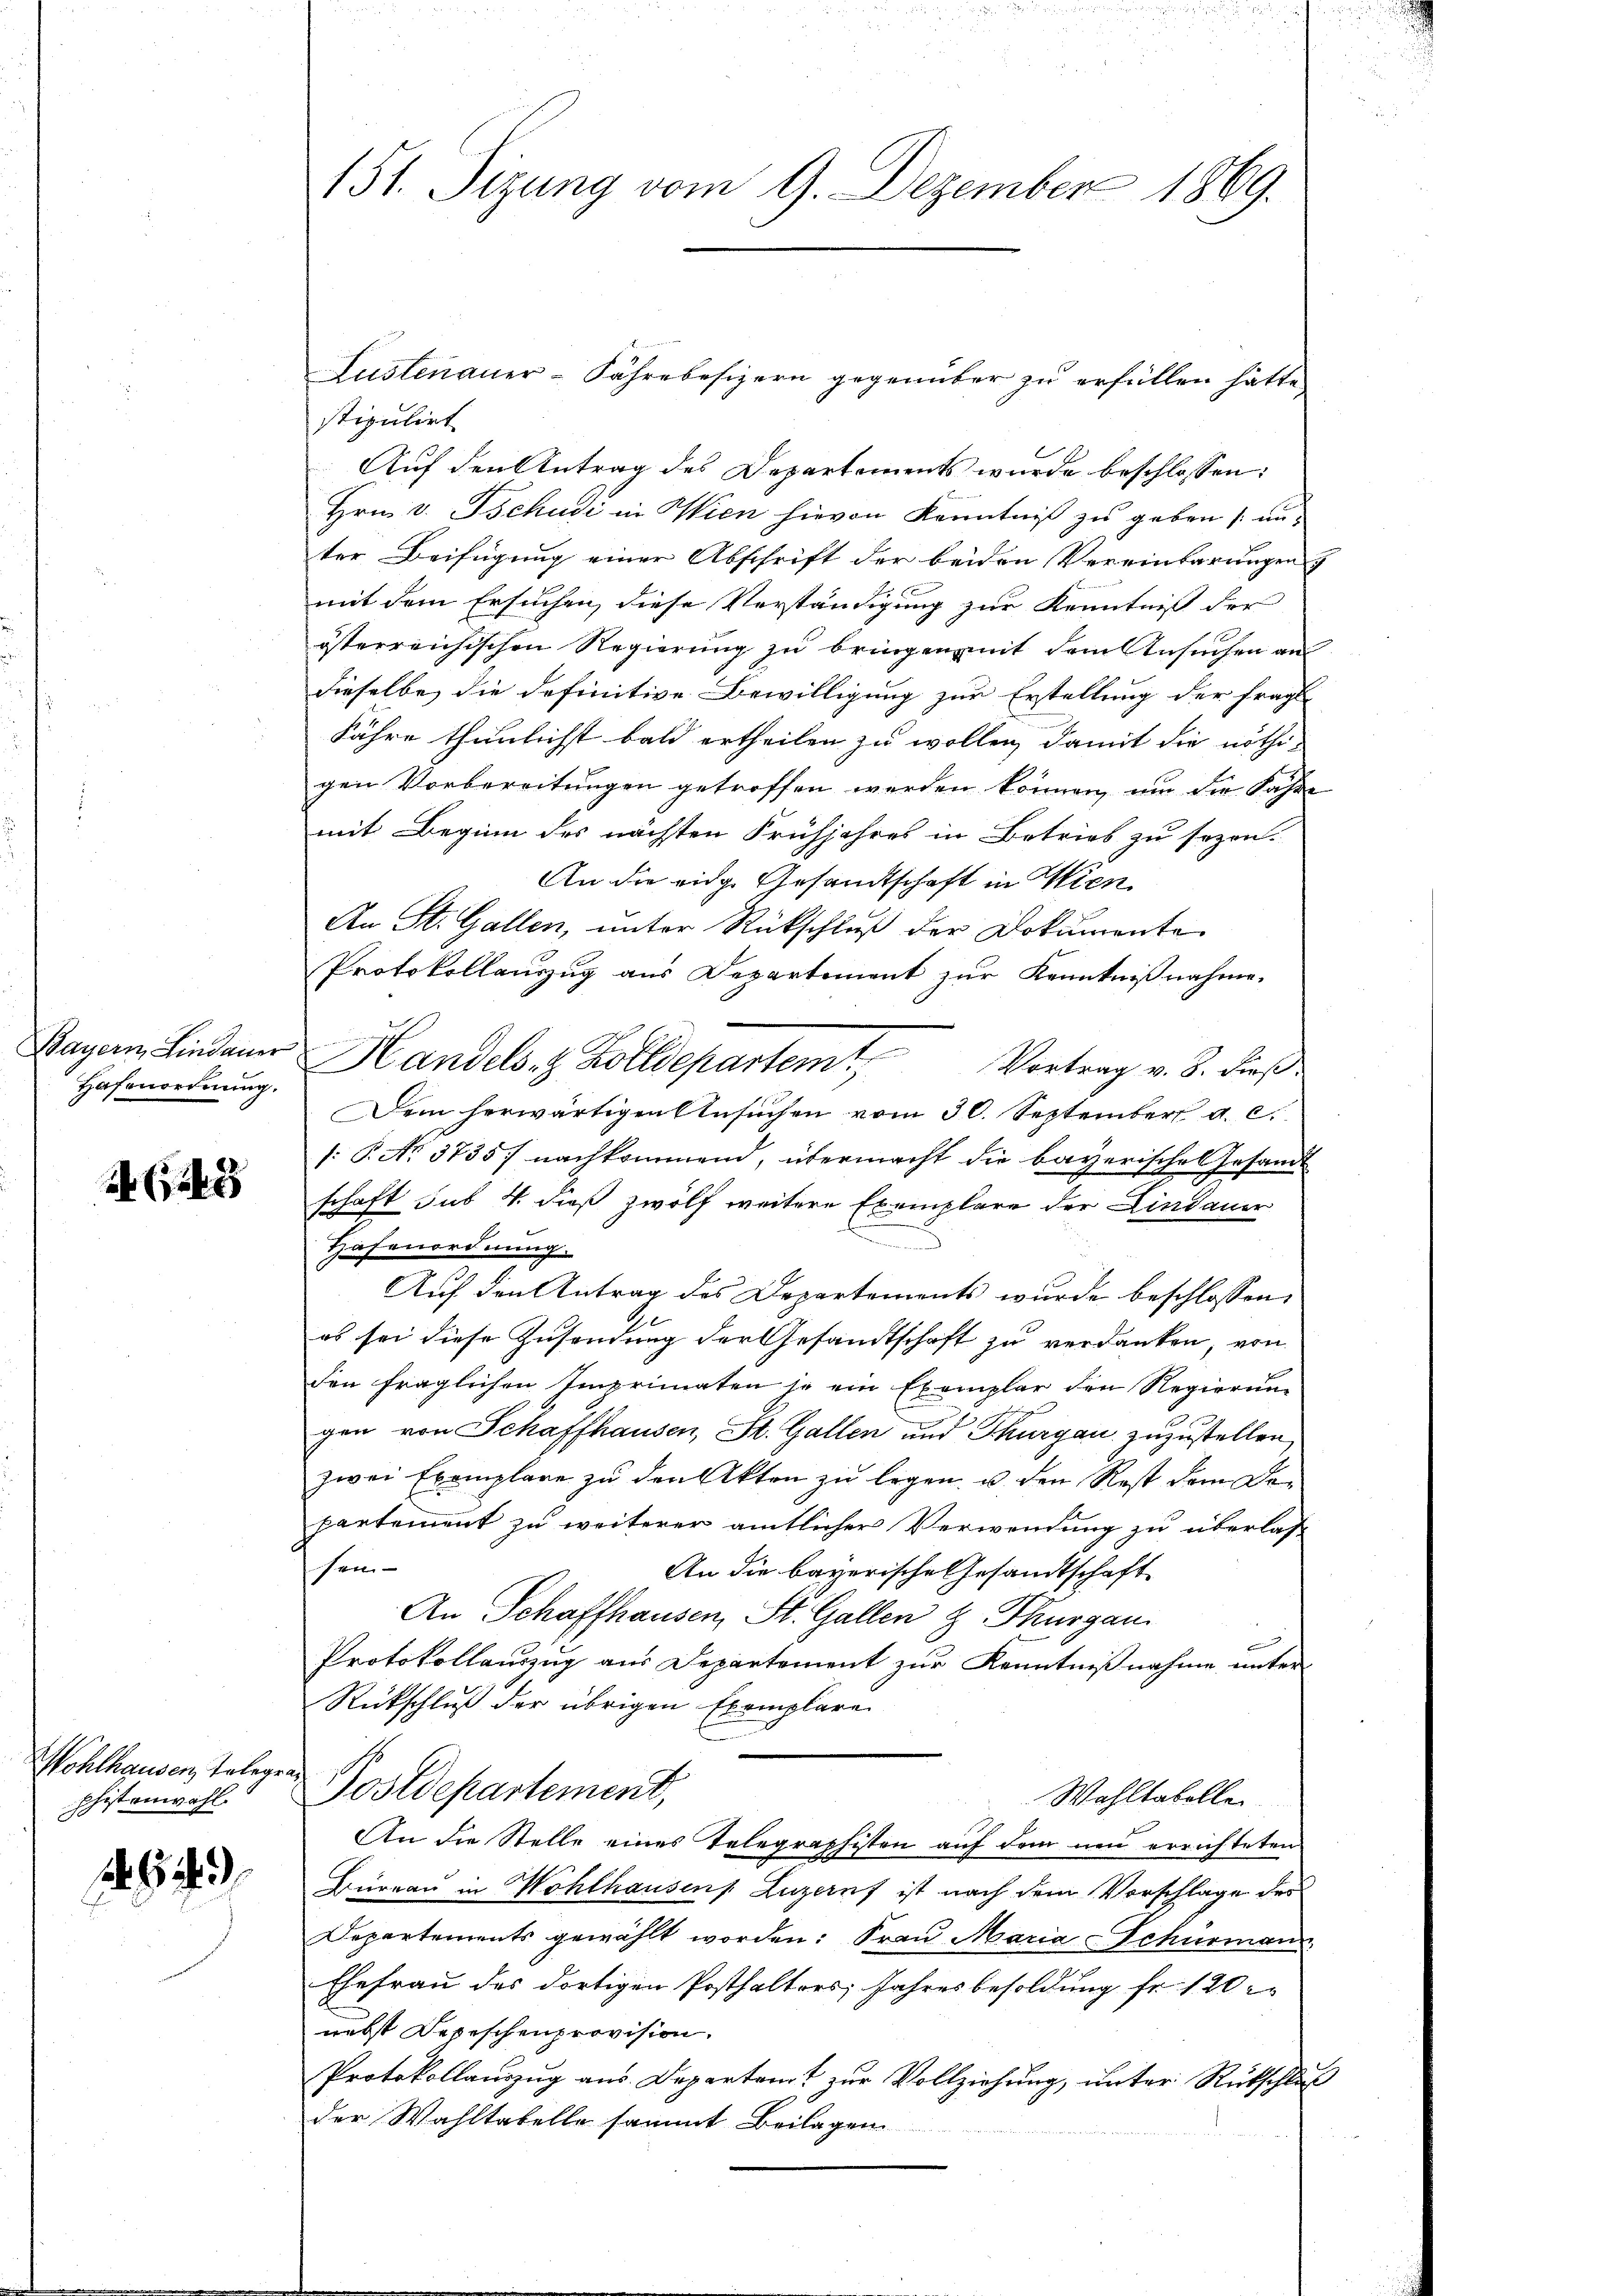
Hafenordnung.

24 (124

Wohlhausen Telegen
phistanwohl.

stipulirt
Auf den Antrag des Departements wurde beschlossen:
Hrn. v. Tschudi in Wien hievon Kenntniß zu geben (unter Beifügung einer Abschrift der beiden Vereinbarungen
mit dem Ersuchen, diese Verständigung zur Kenntniß der
österreichischen Regierung zu bringen mit dem Ansuchen an
dieselbe die definitive Bewilligung zur Erstellung der fragl
Fähre thunlichst bald ertheilen zu wollen, damit die nöthi-
gen Vorbereitungen getroffen werden können, um die Jahre
mit Beginn des nächsten Frühjahres in Betrieb zu sezen-
An die eidg. Gesandtschaft in Wien
An St. Gallen, unter Rückschluß der Dokumente
Protokollauszug aus Departement zur Kenntnißnahme.
Bagan Lindauer Handels. z. Zolldepartemt
Vortrag v. 8. dieß.
Dem herwärtigen Ansuchen vom 30. September a. c.
[: P. No 3735) nachkommend, übermacht die bayerischen Gesandt
schaft sub. 4. dieß zwölf weitere Exemplare der Lindauer
.
Hafenordnung.
Auf den Antrag des Departements wurde beschlossen,
es sei diese Zusendung der Gesandtschaft zu verdanken, von
den fraglichen Imprimaten je ein Exemplar den Regierung
gen von Schaffhausen, St. Gallen und Thurgau zuzustellen.
zwei Exemplare zu den Akten zu legen, u. den Rest dem Dopartement zu weiterer amtlicher Verwendung zu überlass
Mtt.
An die bayerische Gesandtschaft
An Schaffhausen, St. Gallen z. Thurgau.
Protokollauszug aus Departement zur Kenntnißnahme unter
Rückschluß der übrigen Exemplare
Postdepartement,
Wahltabellen.
An die Stelle eines Telegraphisten auf dem neu errichteten
Büreau in Wohlhausens Luzernf ist nach dem Vorschlage des
Departements gewählt worden: Frau Maria Schürmann
Ehefrau des dortigen Posthalters Jahresbesoldung fr. 120
nebst Depeschenprovision.
Protokollaŭszŭg ans Departamt zŭr Vollziehŭng ŭnter Rückschluß
der Wahltatelle sammt Beilagen

151. Sizung vom 9. Dezember 1869.

Lustenauer-Fährebesizern gegenüber zu erfüllen hätte.